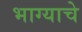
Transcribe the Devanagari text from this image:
भाग्याचे